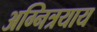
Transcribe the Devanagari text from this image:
अग्नित्रयाय